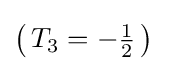
\left(\,T_{3}=-{\tfrac {1}{2}}\,\right)~